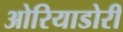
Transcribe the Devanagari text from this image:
ओरियाडोरी